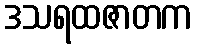
ဒသရထဇာတက